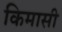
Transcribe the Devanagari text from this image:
किमासी